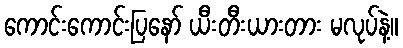
ကောင်းကောင်းပြနော် ယီးတီးယားတား မလုပ်နဲ့။